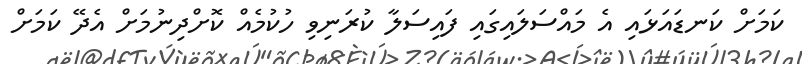
ކަމަށް ކަނޑައަޅައި އެ މައްސަލައިގައި ފައިސަލާ ކުރަނިވި ހުކުމެއް ކޮށްދިނުމަށް އެދޭ ކަމަށް